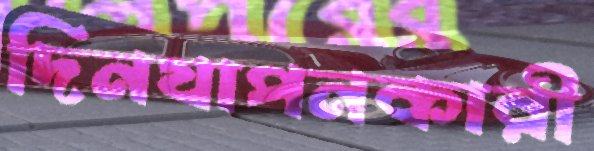
দিনযাপনকারী